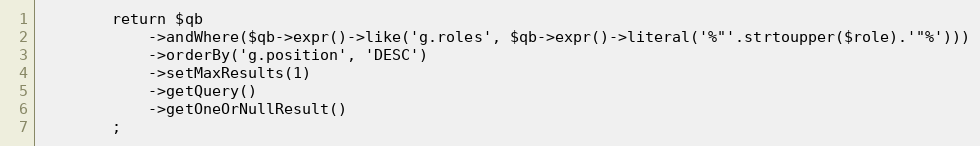
Language: PHP
        return $qb
            ->andWhere($qb->expr()->like('g.roles', $qb->expr()->literal('%"'.strtoupper($role).'"%')))
            ->orderBy('g.position', 'DESC')
            ->setMaxResults(1)
            ->getQuery()
            ->getOneOrNullResult()
        ;